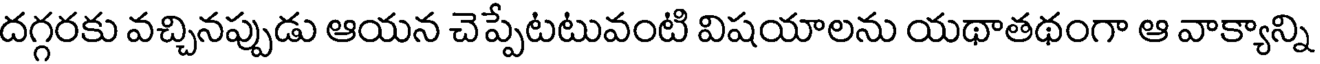
దగ్గరకు వచ్చినప్పుడు ఆయన చెప్పేటటువంటి విషయాలను యథాతథంగా ఆ వాక్యాన్ని